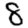
Digit: 8